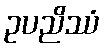
ဥပညိဿံ